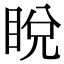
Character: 𥆟